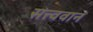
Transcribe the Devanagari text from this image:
सत्त्ववान